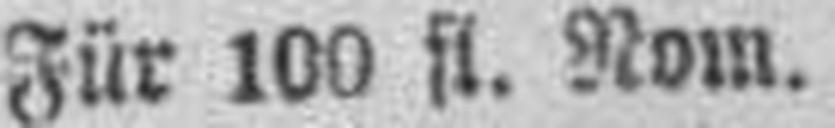
Für 100 fl. Nom.